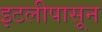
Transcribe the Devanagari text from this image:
इटलीपासून